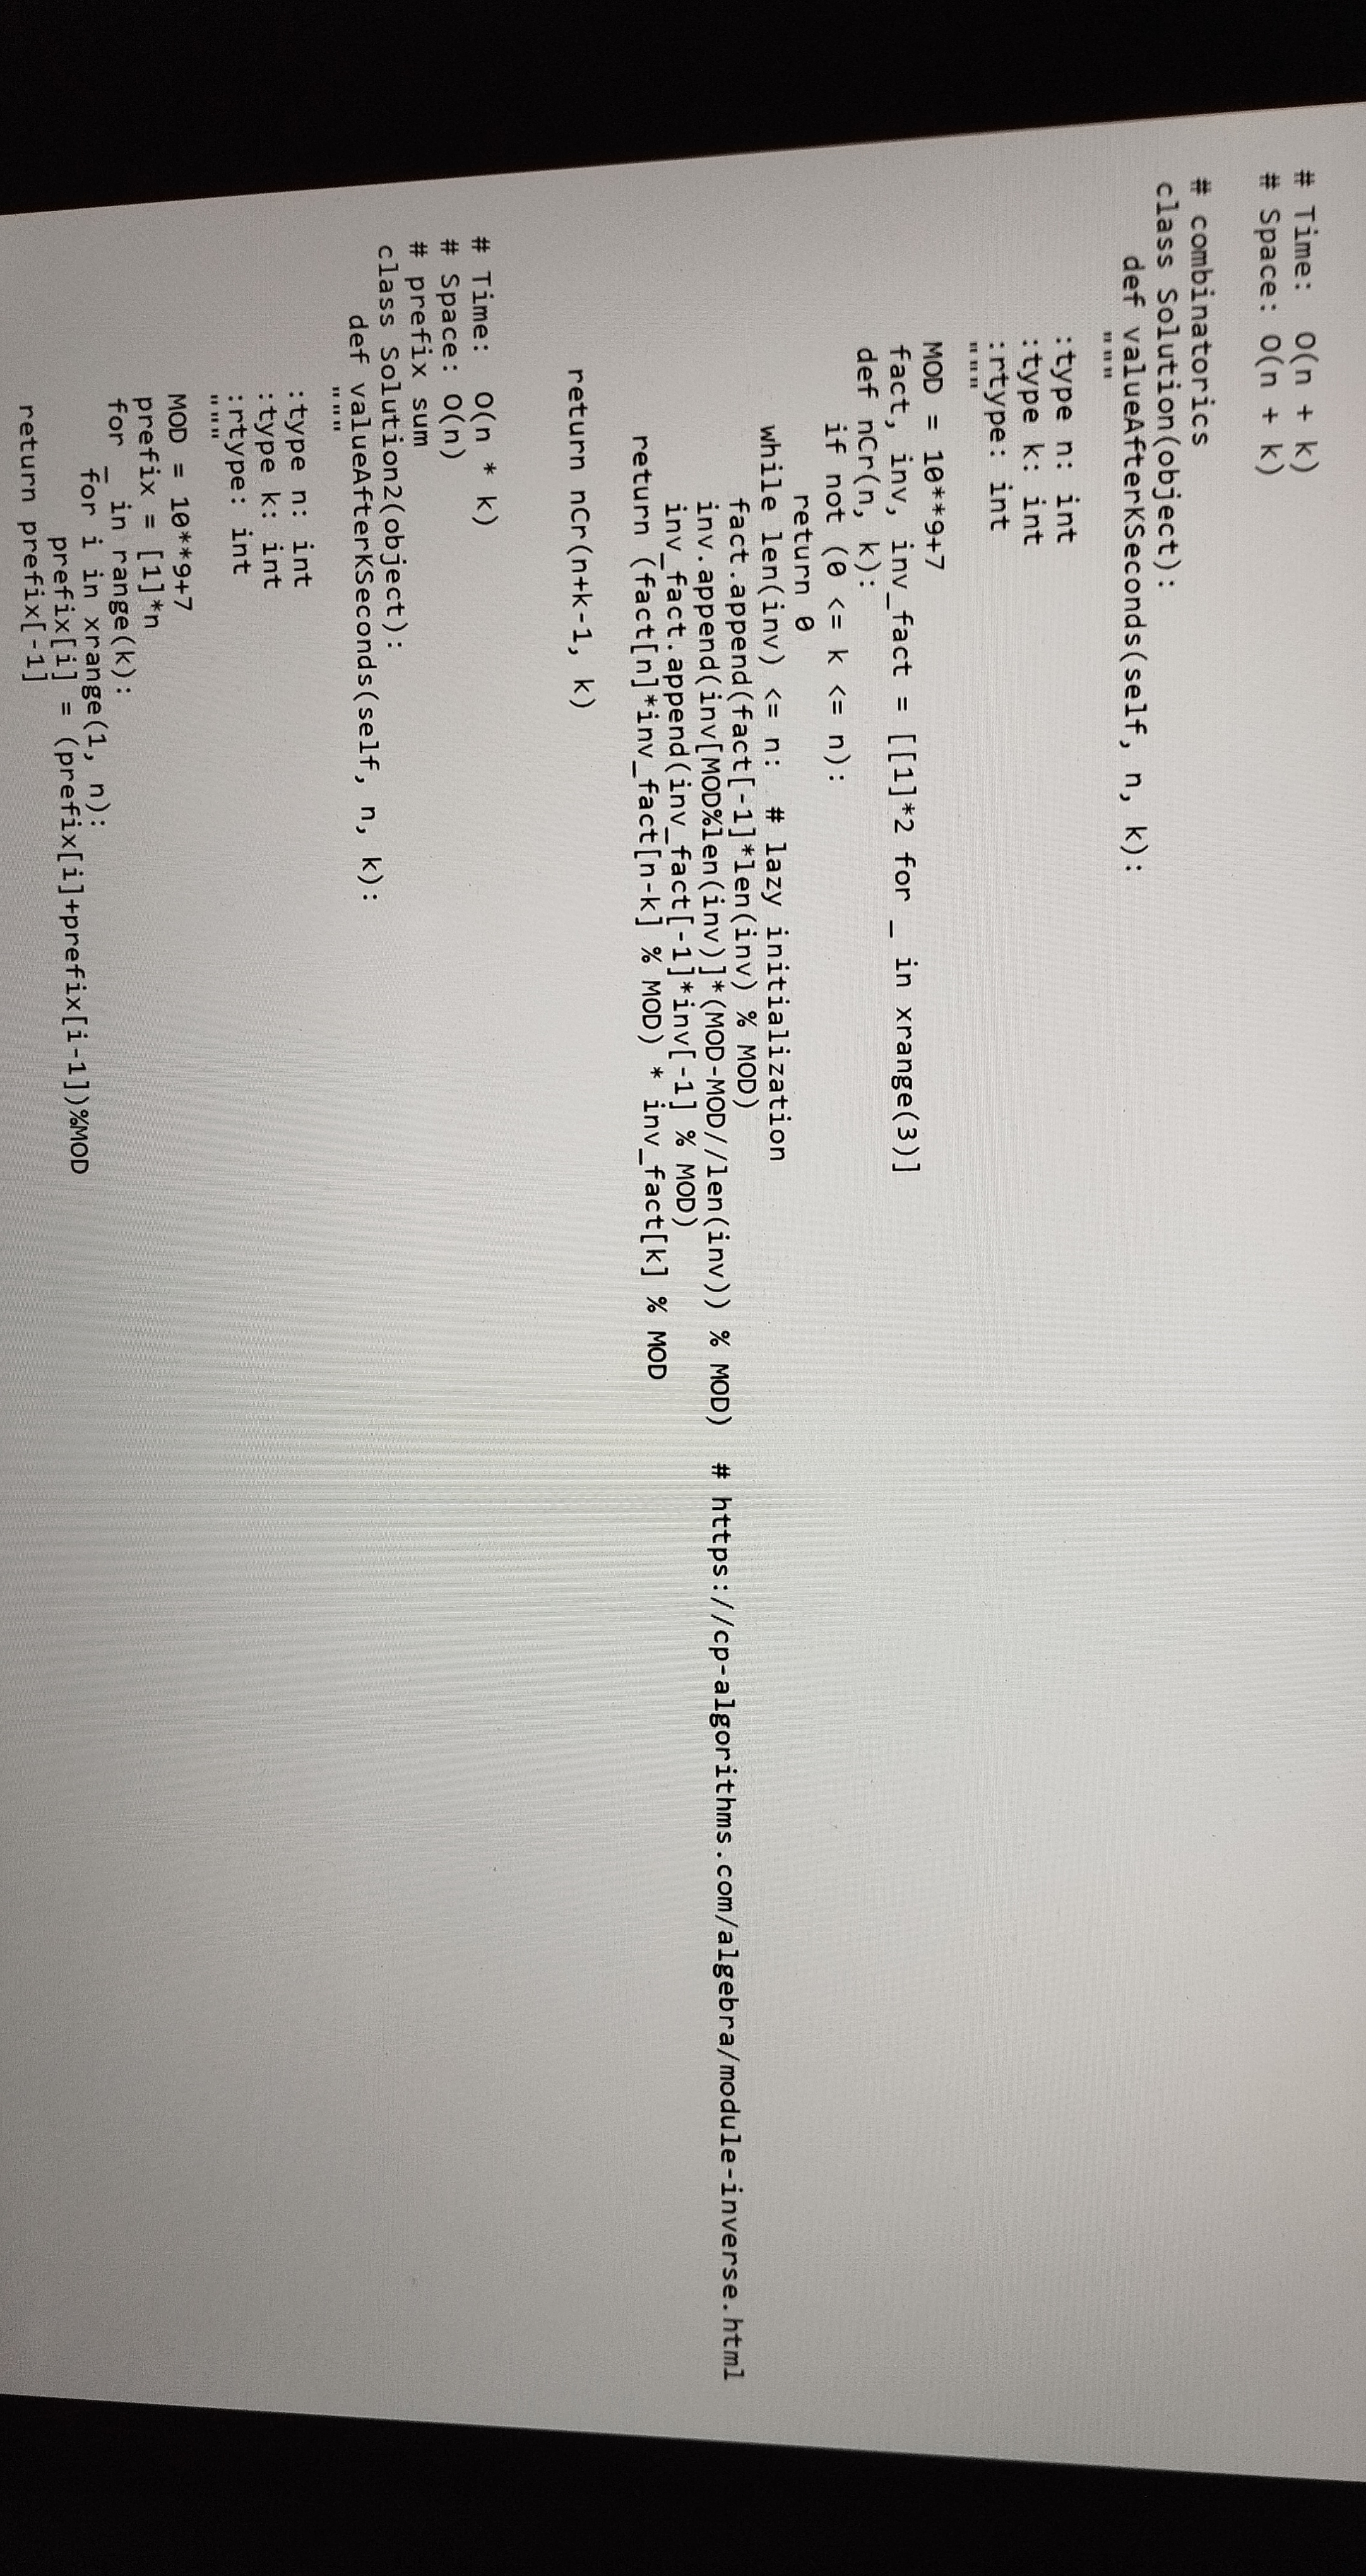
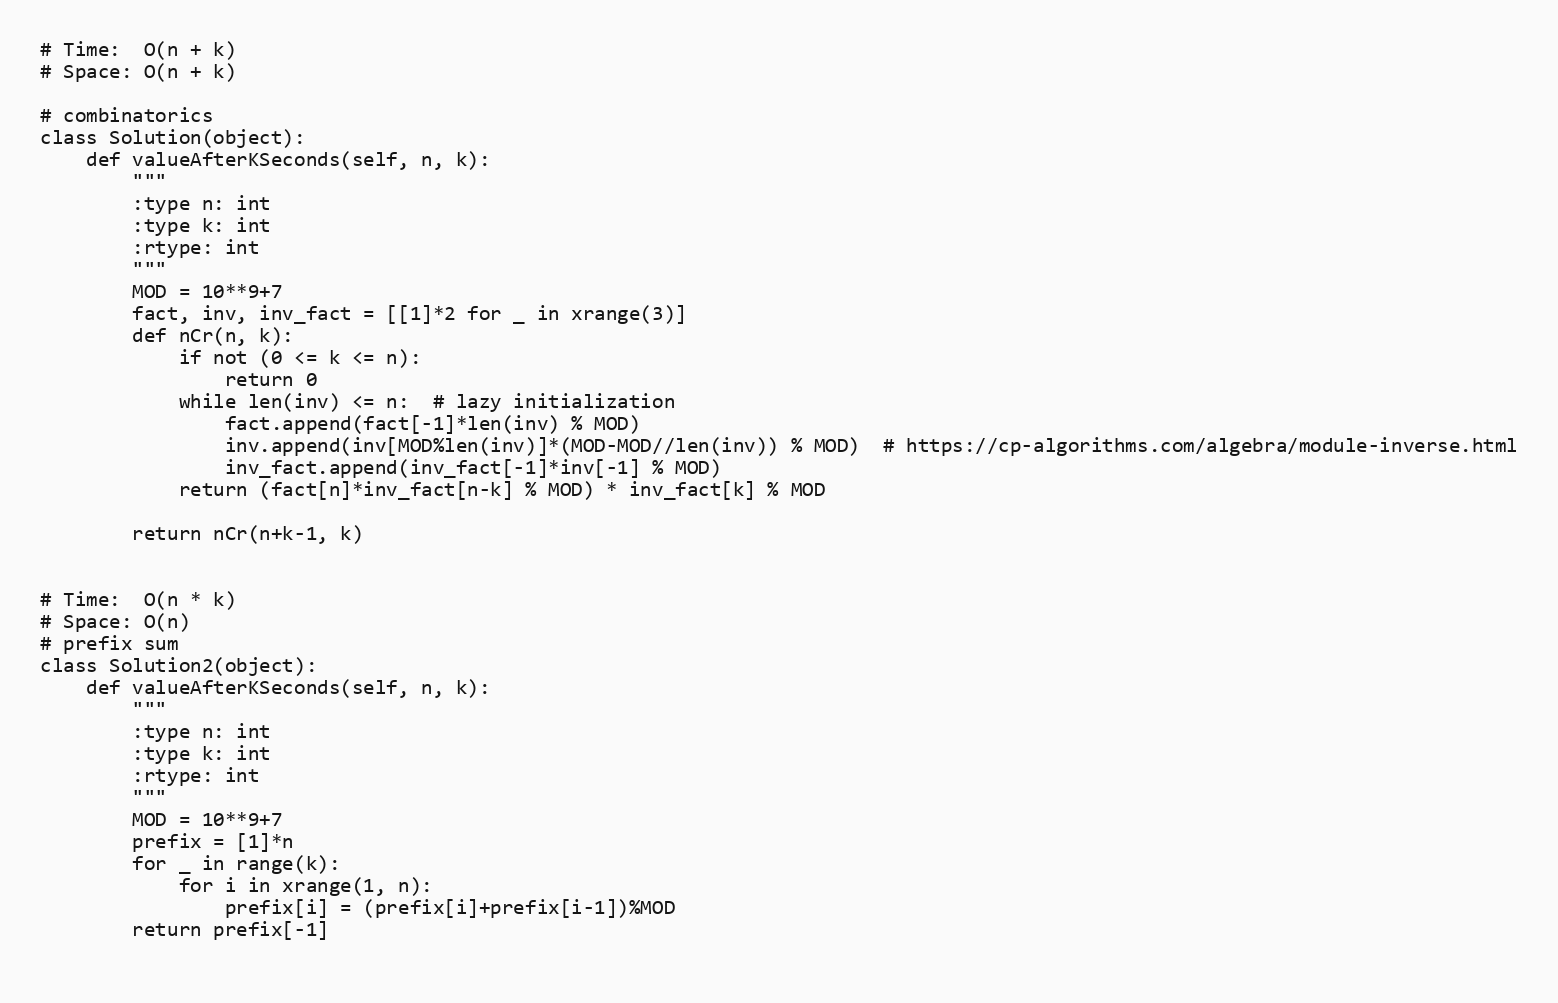
# Time:  O(n + k)
# Space: O(n + k)

# combinatorics
class Solution(object):
    def valueAfterKSeconds(self, n, k):
        """
        :type n: int
        :type k: int
        :rtype: int
        """
        MOD = 10**9+7
        fact, inv, inv_fact = [[1]*2 for _ in xrange(3)]
        def nCr(n, k):
            if not (0 <= k <= n):
                return 0
            while len(inv) <= n:  # lazy initialization
                fact.append(fact[-1]*len(inv) % MOD)
                inv.append(inv[MOD%len(inv)]*(MOD-MOD//len(inv)) % MOD)  # https://cp-algorithms.com/algebra/module-inverse.html
                inv_fact.append(inv_fact[-1]*inv[-1] % MOD)
            return (fact[n]*inv_fact[n-k] % MOD) * inv_fact[k] % MOD

        return nCr(n+k-1, k)

# Time:  O(n * k)
# Space: O(n)
# prefix sum
class Solution2(object):
    def valueAfterKSeconds(self, n, k):
        """
        :type n: int
        :type k: int
        :rtype: int
        """
        MOD = 10**9+7
        prefix = [1]*n
        for _ in range(k):
            for i in xrange(1, n):
                prefix[i] = (prefix[i]+prefix[i-1])%MOD
        return prefix[-1]